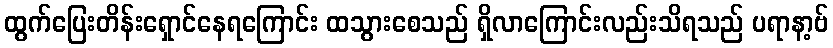
ထွက်ပြေးတိန်းရှောင်နေရကြောင်း ထသွားစေသည် ရှိလာကြောင်းလည်းသိရသည် ပရာနာ့ဗ်